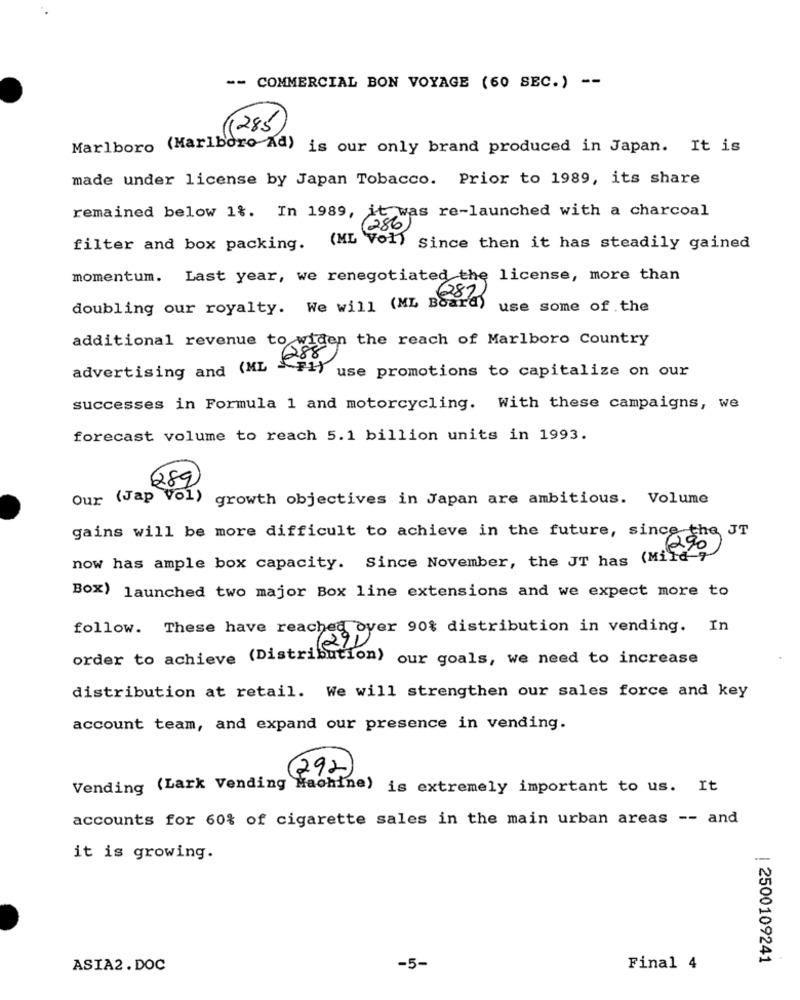
-- COMMERCIAL BON VOYAGE (60 SEC.) --
1285
Marlboro (Marlboro Ad) is our only brand produced in Japan. It is
made under license by Japan Tobacco. Prior to 1989, its share
remained below 1%. In 1989, it was re-launched with a charcoal
(286)
filter and box packing.
(ML Vol) Since then it has steadily gained
momentum. Last year, we renegotiated the license, more than
287)
doubling our royalty. We will (ML Board)
use some of the
additional revenue to widen the reach of Marlboro Country
advertising and (ML - Fi)
use promotions to capitalize on our
successes in Formula 1 and motorcycling. With these campaigns, we
forecast volume to reach 5.1 billion units in 1993.
289
Our (Jap Vol)
growth objectives in Japan are ambitious. Volume
gains will be more difficult to achieve in the future, since the JT
now has ample box capacity. Since November, the JT has (Mild "
Box) launched two major Box line extensions and we expect more to
follow. These have reached over 90% distribution in vending. In
(29)
order to achieve (Distribution) our goals, we need to increase
distribution at retail. We will strengthen our sales force and key
account team, and expand our presence in vending.
(292)
Vending (Lark Vending Machine) is extremely important to us. It
accounts for 60% of cigarette sales in the main urban areas -- and
it is growing.
| 2500109241
ASIA2 . DOC
-5-
Final 4